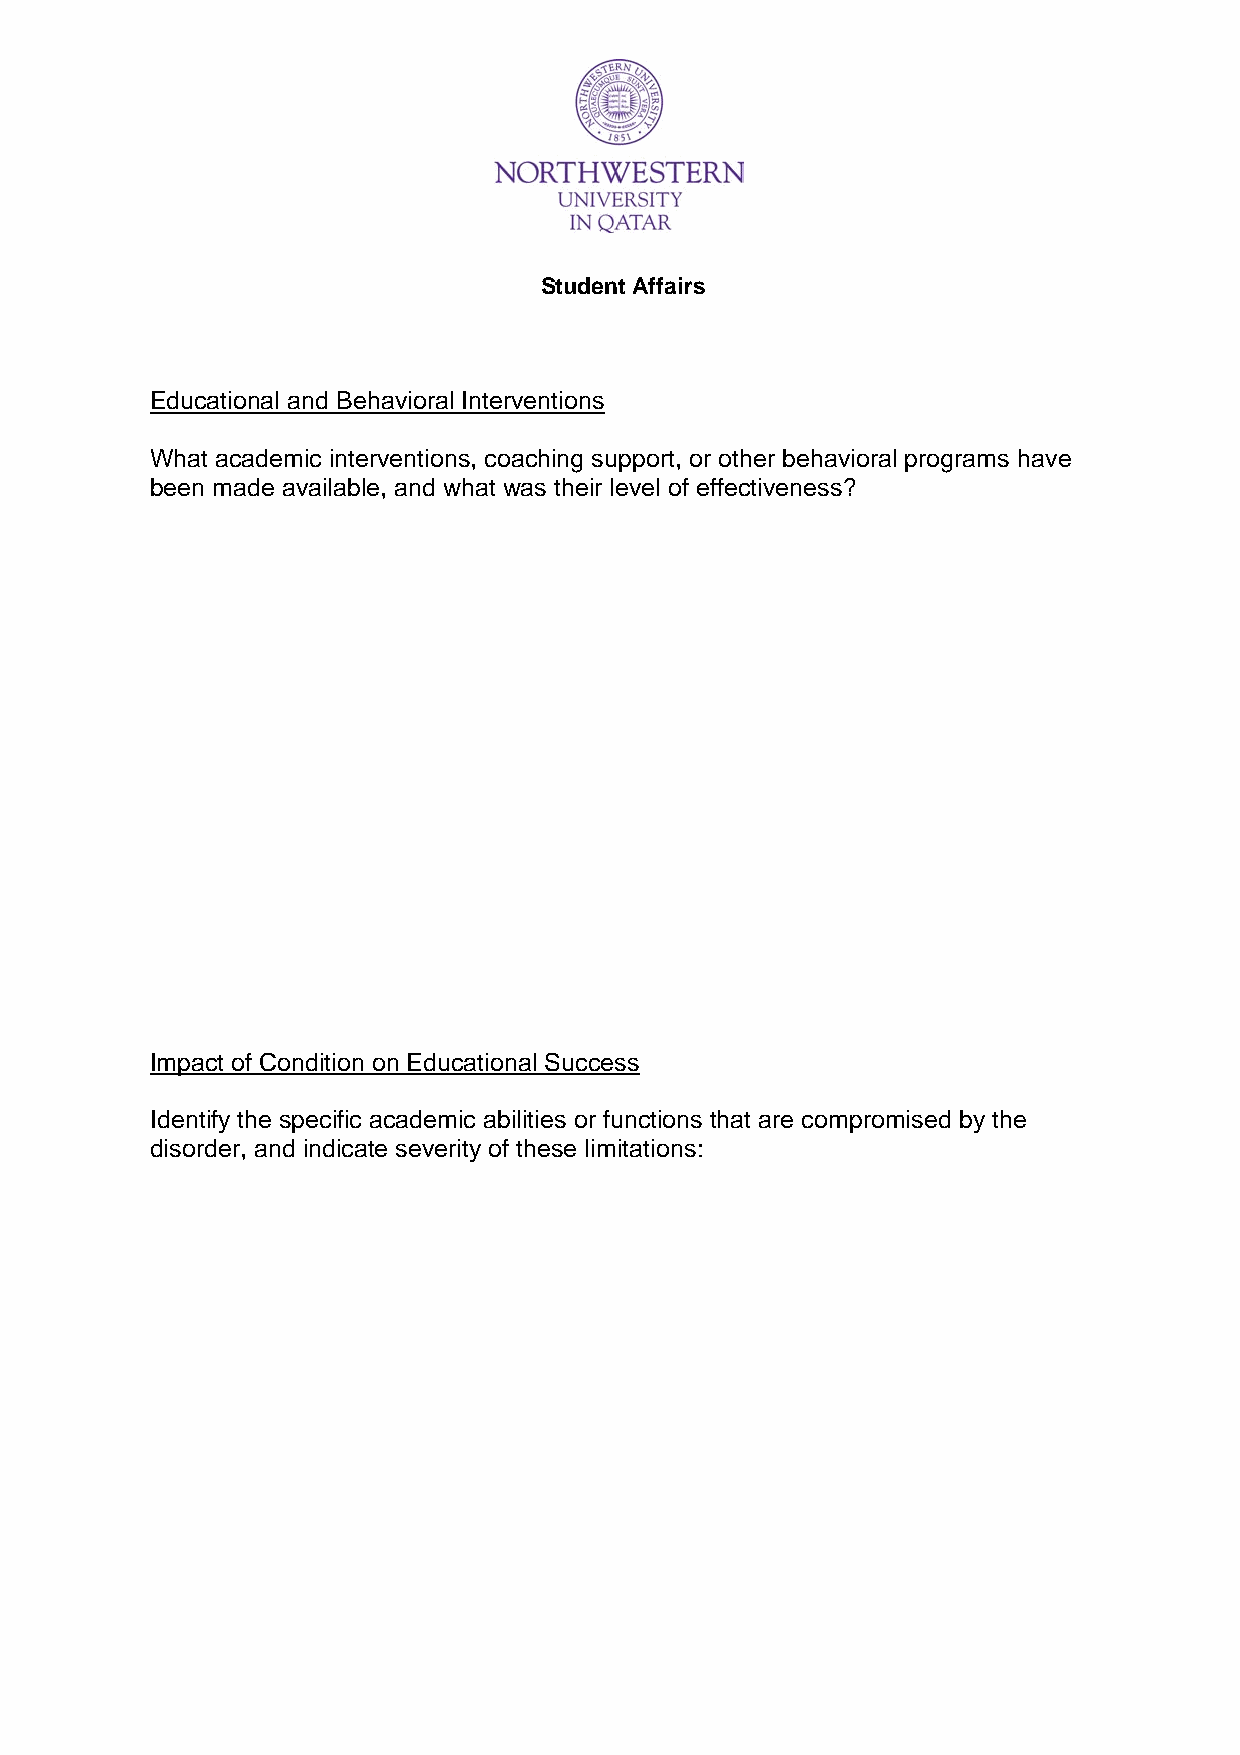
Student Affairs
 Educational and Behavioral Interventions
 What academic interventions, coaching support, or other behavioral programs have
 been made available, and what was their level of effectiveness?
 Impact of Condition on Educational Success
 Identify the specific academic abilities or functions that are compromised by the
 disorder, and indicate severity of these limitations: